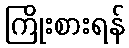
ကြိုးစားရန်